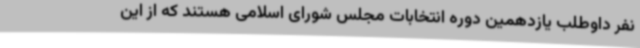
نفر داوطلب یازدهمین دوره انتخابات مجلس شورای اسلامی هستند که از این